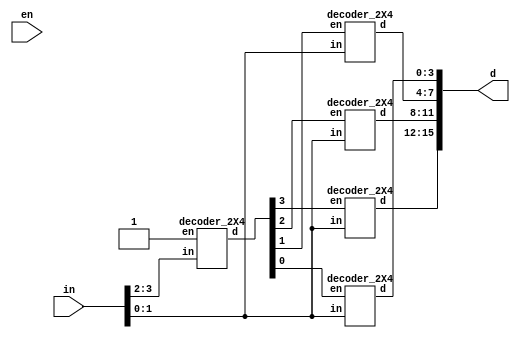
module decoder_4X16(d, en, in);
    output [15:0] d;
    input en;
    input [3:0] in;

    wire [3:0] sub_en;
    decoder_2X4 m1(sub_en, 1'b1, in[3:2]);
    decoder_2X4 m2(d[15:12], sub_en[3], in[1:0]);
    decoder_2X4 m3(d[11:8], sub_en[2], in[1:0]);
    decoder_2X4 m4(d[7:4], sub_en[1], in[1:0]);
    decoder_2X4 m5(d[3:0], sub_en[0], in[1:0]);

endmodule

module decoder_2X4(d, en, in);
    output [3:0] d;
    input en;
    input [1:0] in;

    wire not_en, not_a, not_b;
    // Inverted signals
    not (not_en, en);
    not (not_a, in[1]);
    not (not_b, in[0]);
    // a = in[1], b = in[0]
    nor (d[0], not_en, in[1], in[0]);
    nor (d[1], not_en, in[1], not_b);
    nor (d[2], not_en, not_a, in[0]);
    nor (d[3], not_en, not_a, not_b);
endmodule

module decoder_4X16_tb;
    reg [3:0] in;
    wire [15:0] f;
    
    //Instantiate UUT
    decoder_4X16 UUT(f, 1'b1, in);

    //stimulus block
    initial
        begin
            in = 4'b0000;
            repeat(15) #10 in = in + 1'b1;
        end
    initial $monitor("in = %b, output = %b", in, f);
endmodule